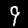
Label: 9